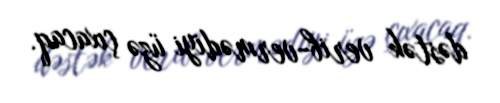
dəstək verib-vermədiyi üzə çıxacaq.